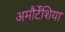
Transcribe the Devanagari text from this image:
अमौर्टेंशिया